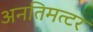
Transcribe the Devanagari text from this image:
अनतिमत्टर